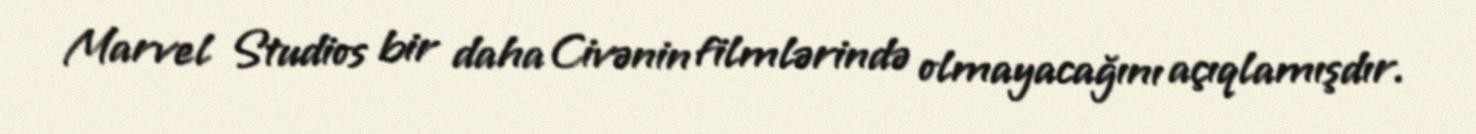
Marvel Studios bir daha Civənin filmlərində olmayacağını açıqlamışdır.